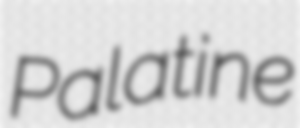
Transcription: Palatine